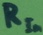
Text: RIn